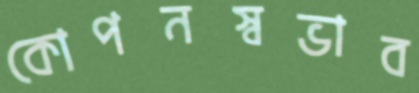
কোপনস্বভাব